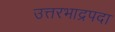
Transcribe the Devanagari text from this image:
उत्तरभाद्रपदा